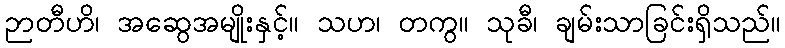
ဉာတီဟိ၊ အဆွေအမျိုးနှင့်။ သဟ၊ တကွ။ သုခီ၊ ချမ်းသာခြင်းရှိသည်။